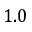
1 . 0